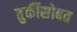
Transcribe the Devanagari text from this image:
तुर्कीसोबत